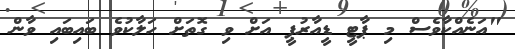
"އަނެއްކާވެސް މި ޕާޓީ ޑީއާރުޕީ އަށް ވި ގޮތަށް ހަލާކުވެ ބައިބައި ވާން